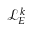
\mathcal { L } _ { E } ^ { k }